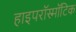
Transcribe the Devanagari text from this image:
हाइपरॉस्मॉटिक